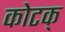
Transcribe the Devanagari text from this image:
कोटक्